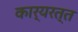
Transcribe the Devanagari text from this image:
कार्यरत्त